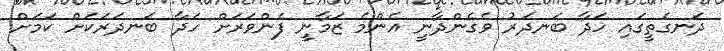
ދަނގެތީގައި ހަދާ ބަނދަރު ވެގެންދާނީ އެންމެ ޒަމާނީ ފެންވަރަށް ހަދާ ބަނދަރަކަށް ކަމަށް